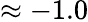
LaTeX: \approx-1.0